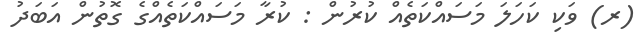
(ރ) ވަކި ކަހަލަ މަސައްކަތެއް ކުރުން : ކުރާ މަސައްކަތެއްގެ ގޮތުން އަބަދު